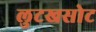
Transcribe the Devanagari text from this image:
लुटखसोट